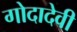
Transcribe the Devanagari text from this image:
गोदादेवी